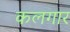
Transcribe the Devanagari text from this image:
कलगार